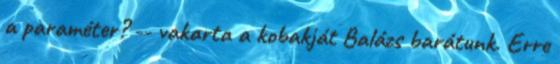
a paraméter? -- vakarta a kobakját Balázs barátunk. Erre